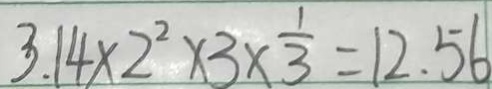
3 . 1 4 \times 2 ^ { 2 } \times 3 \times \frac { 1 } { 3 } = 1 2 . 5 6